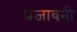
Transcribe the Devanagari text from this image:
प्रजावनी